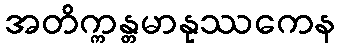
အတိက္ကန္တမာနုဿကေန